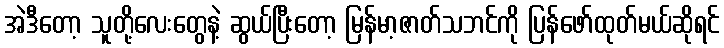
အဲဒီတော့ သူတို့လေးတွေနဲ့ ဆွယ်ပြီးတော့ မြန်မာ့ဇာတ်သဘင်ကို ပြန်ဖော်ထုတ်မယ်ဆိုရင်